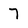
Character: 7